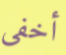
أخفى